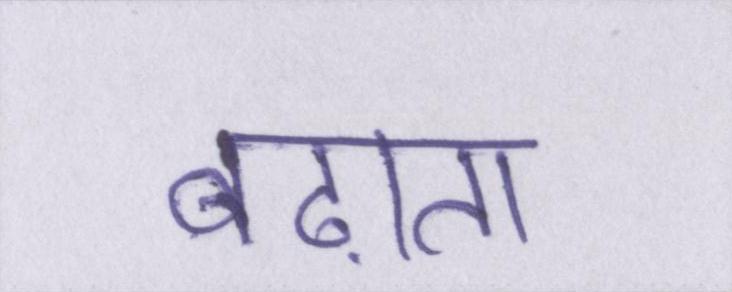
बढ़ाता